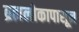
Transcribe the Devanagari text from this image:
ब्रह्मलोकापासून